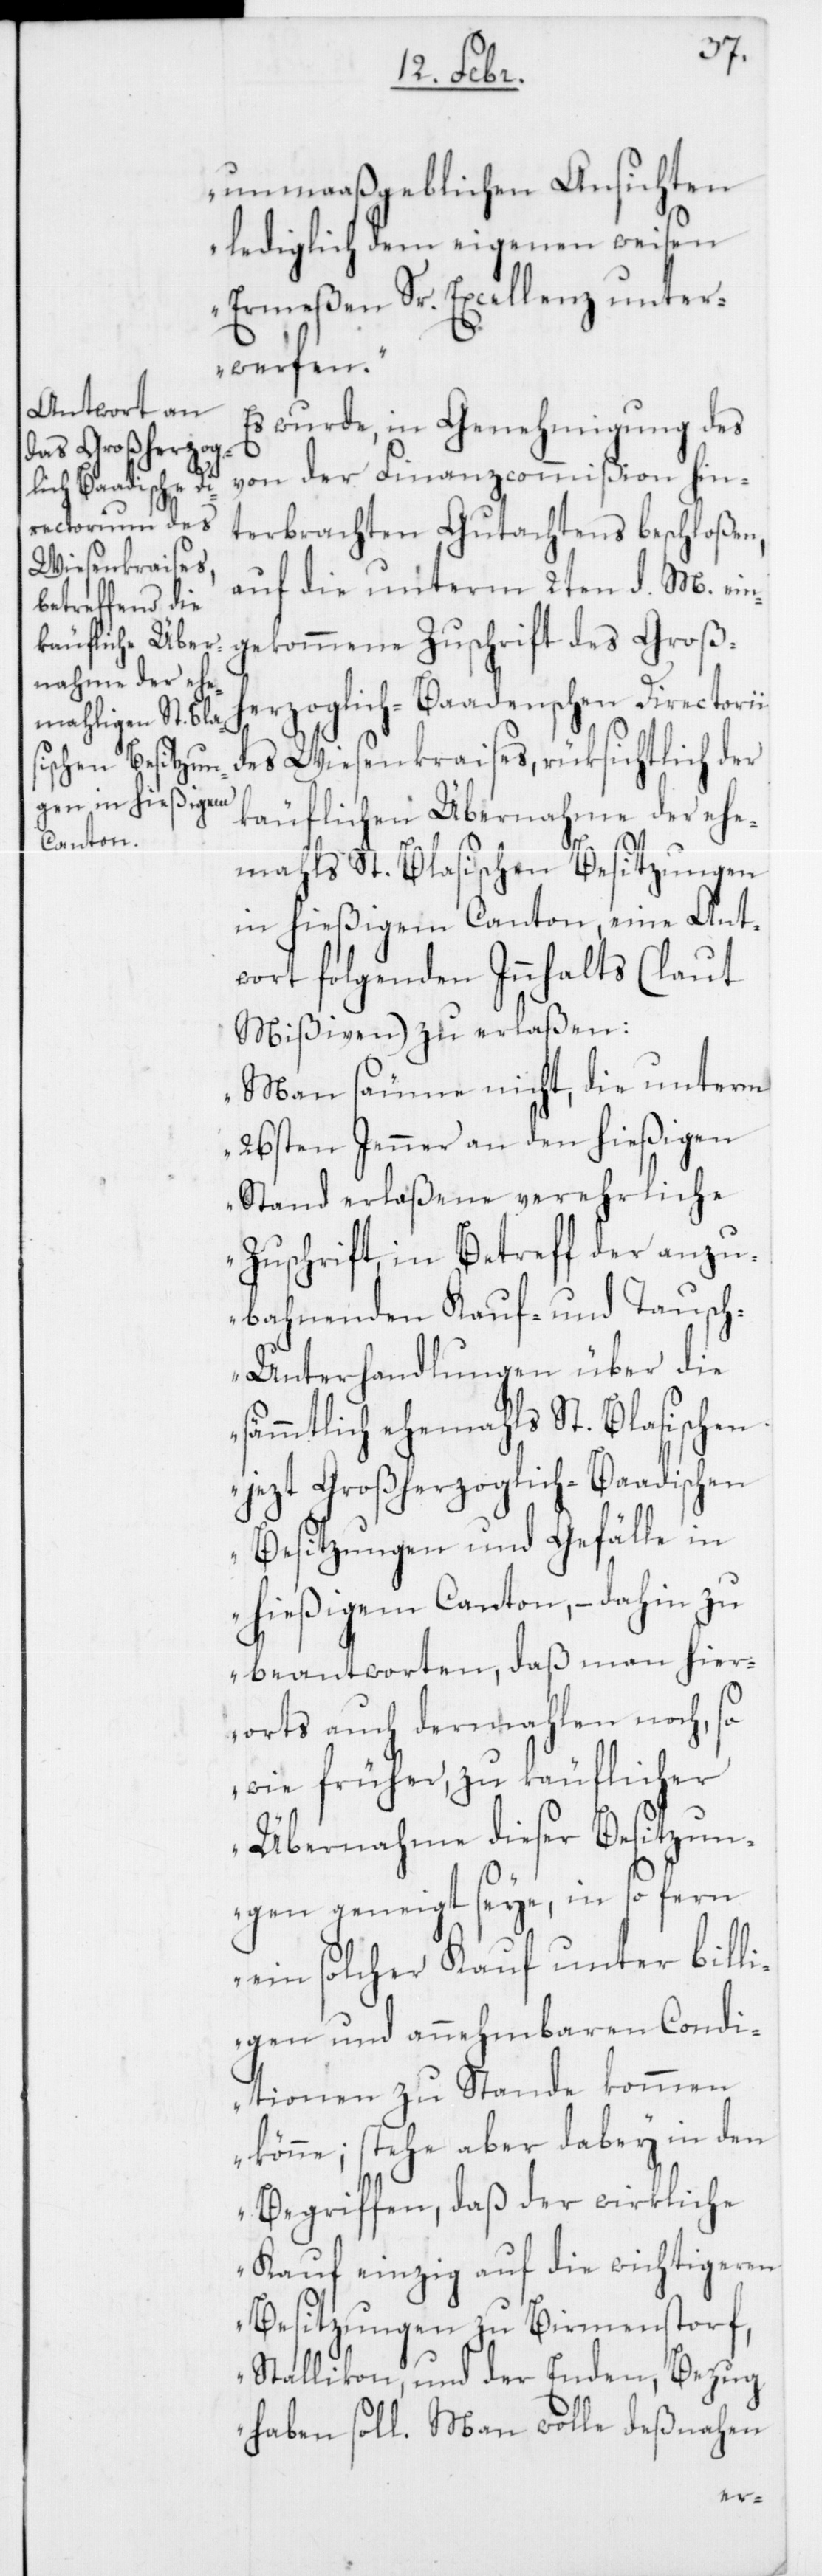
unmaßgeblichen Ansichten
lediglich dem eigenen weisen
Ermeßen Sr. Excellenz unter¬
werfen.“
Es wurde, in Genehmigung des
von der Finanzcommißion hin¬
terbrachten Gutachtens beschloßen,
auf die unterm 2ten d. M. ein¬
gekommene Zuschrift des Großh¬
erzoglich-Baadenschen Directorii
des Wiesenkraises, rüksichtlich der
käuflichen Übernahme der ehe¬
mahls St. Blasischen Besitzungen
in hießigem Canton, eine Ant¬
wort folgenden Innhalts (laut
Mißiven) zu erlaßen:
„Man säume nicht, die unterm
26sten Jenner an den hießigen
Stand erlaßene verehrliche
Zuschrift, in Betreff der anzu¬
bahnenden Kauf- und Tausc¬
h-Unterhandlungen über die
sämmtlich ehemahls St. Blasischen,
jezt Großherzoglich-Baadischen
Besitzungen und Gefälle in
hießigem Canton, – dahin zu
beantworten, daß man hier¬
orts auch dermahlen noch, so
wie früher, zu käuflicher
Übernahme dieser Besitzun¬
gen geneigt seye, in so fern
ein solcher Kauf unter billi¬
gen und annehmbaren Condi¬
tionen zu Stande kommen
könne; stehe aber dabey in den
Begriffen, daß der wirkliche
Kauf einzig auf die wichtigeren
Besitzungen zu Birmenstorf,
Stallikon, und der Enden, Bezug
haben soll. Man wolle deßnahen